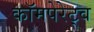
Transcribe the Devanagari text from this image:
कॉमपेरेट्व